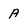
Character: A